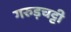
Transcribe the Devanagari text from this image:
गरुड़चट्टी